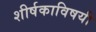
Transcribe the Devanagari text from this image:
शीर्षकाविषयी